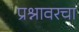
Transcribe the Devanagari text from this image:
प्रश्नावरचा